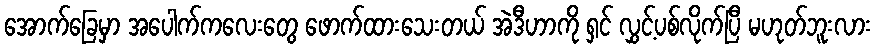
အောက်ခြေမှာ အပေါက်ကလေးတွေ ဖောက်ထားသေးတယ် အဲဒီဟာကို ရှင် လွှင့်ပစ်လိုက်ပြီ မဟုတ်ဘူးလား